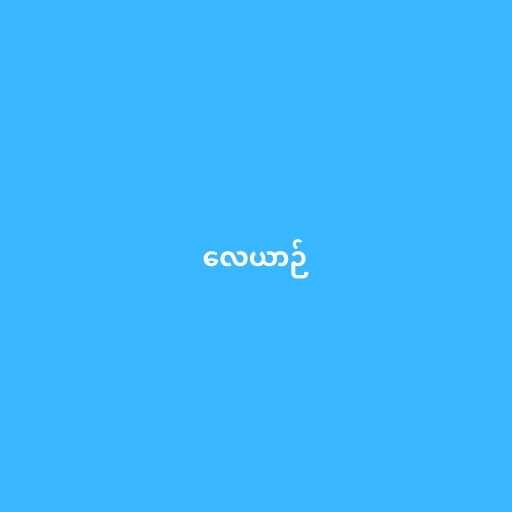
လေယာဉ်